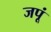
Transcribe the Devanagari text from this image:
जपूं